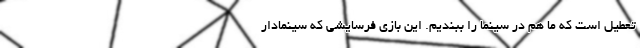
تعطیل است که ما هم در سینما را ببندیم. این بازی فرسایشی که سینمادار